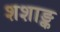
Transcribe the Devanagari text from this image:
शशाङ्क